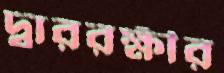
দ্বাররক্ষীর